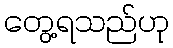
တွေ့ရသည်ဟု